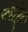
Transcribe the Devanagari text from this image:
खोरा